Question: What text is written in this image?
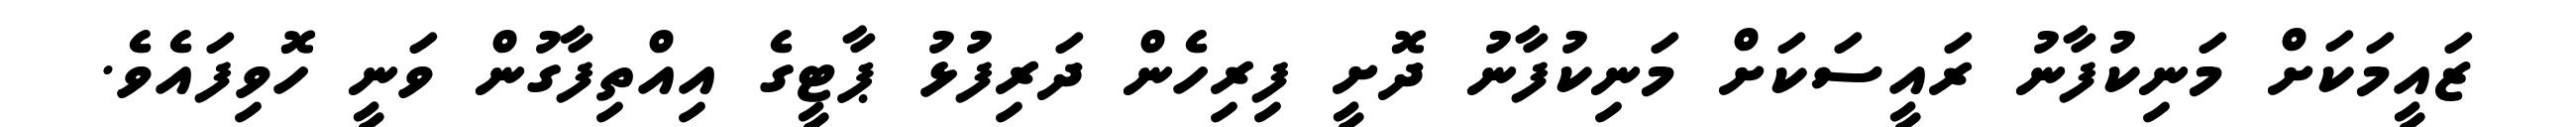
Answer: ޒައީމަކަށް މަނިކުފާނު ރައީސަކަށް މަނިކުފާނު ދޮށީ ފިރިހެން ދަރިފުޅު ޕާޓީގެ އިއްތިފާގުން ވަނީ ހޮވިފައެވެ.